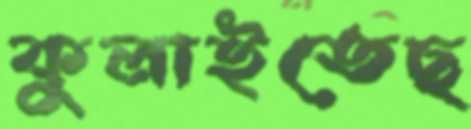
কুলাইতেছ